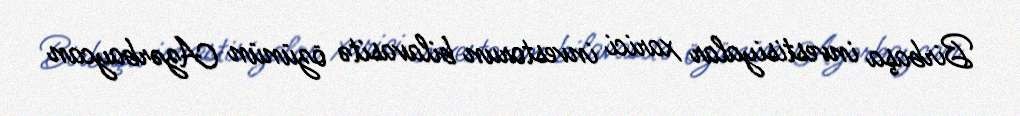
Birbaşa investisiyalar xarici investorun bilavasitə özünün Azərbaycan